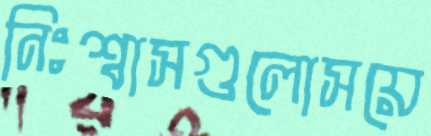
নিঃশ্বাসগুলোসয়ে